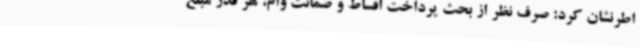
اطرنشان کرد: صرف نظر از بحث پرداخت اقساط و ضمانت وام، هر قدر مبلغ